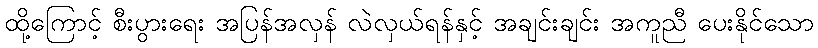
ထို့ကြောင့် စီးပွားရေး အပြန်အလှန် လဲလှယ်ရန်နှင့် အချင်းချင်း အကူညီ ပေးနိုင်သော